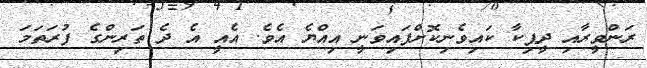
ރަންވީރާއި ދީޕިކާ ކައިވެނިކޮށްފައިވަނީ އިއްޔެ އެވެ. އެއީ އެ ދެ ތަރިންގެ ފުރަތަމަ